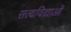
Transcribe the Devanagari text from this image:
सत्यविद्याओं